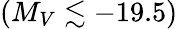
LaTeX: (M_{V}\lesssim-19.5)